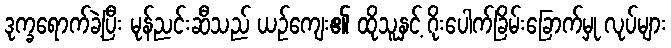
ဒုက္ခရောက်ခဲ့ပြီး မုန်ညင်းဆီသည် ယဉ်ကျေး၏ ထိုသူနှင့် ဂိုးပေါက်ခြိမ်းခြောက်မှု လုပ်များ